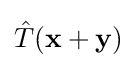
{\hat {T}}(\mathbf {x} +\mathbf {y} )